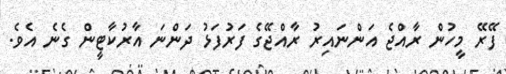
ފޭރޭ މީހުން ރާއްޖެ އަންނައިރު ރާއްޖޭގެ ފަރުފަޅު ދަންނަ އާރުކާޓީން ގެނެ އެވެ.